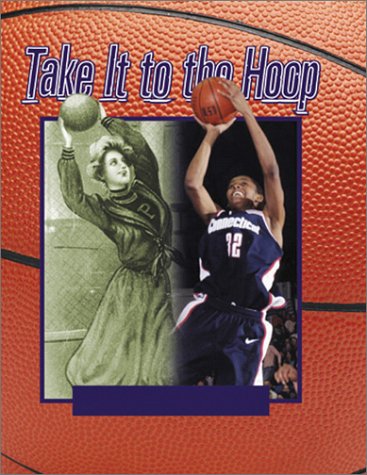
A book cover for Take It To The Hoop; Sandra Steen; Teen & Young Adult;